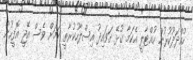
ހުއްދަދޫކުުރުން ހުއްޓާލީ އެކަމާ ގުޅޭ ގަވައިދު އިސްލާހުކުރާތީ ކަމަށް ވެސް އޭޖީ އޮފީހުން